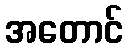
အတောင်